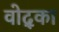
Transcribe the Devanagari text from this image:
वोद्का